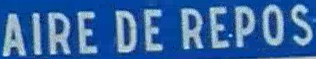
AIRE DE REPOS